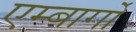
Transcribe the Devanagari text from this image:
एम्बार्गो